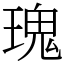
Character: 瑰